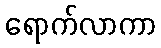
ရောက်လာကာ